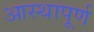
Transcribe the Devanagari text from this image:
आस्थापूर्ण